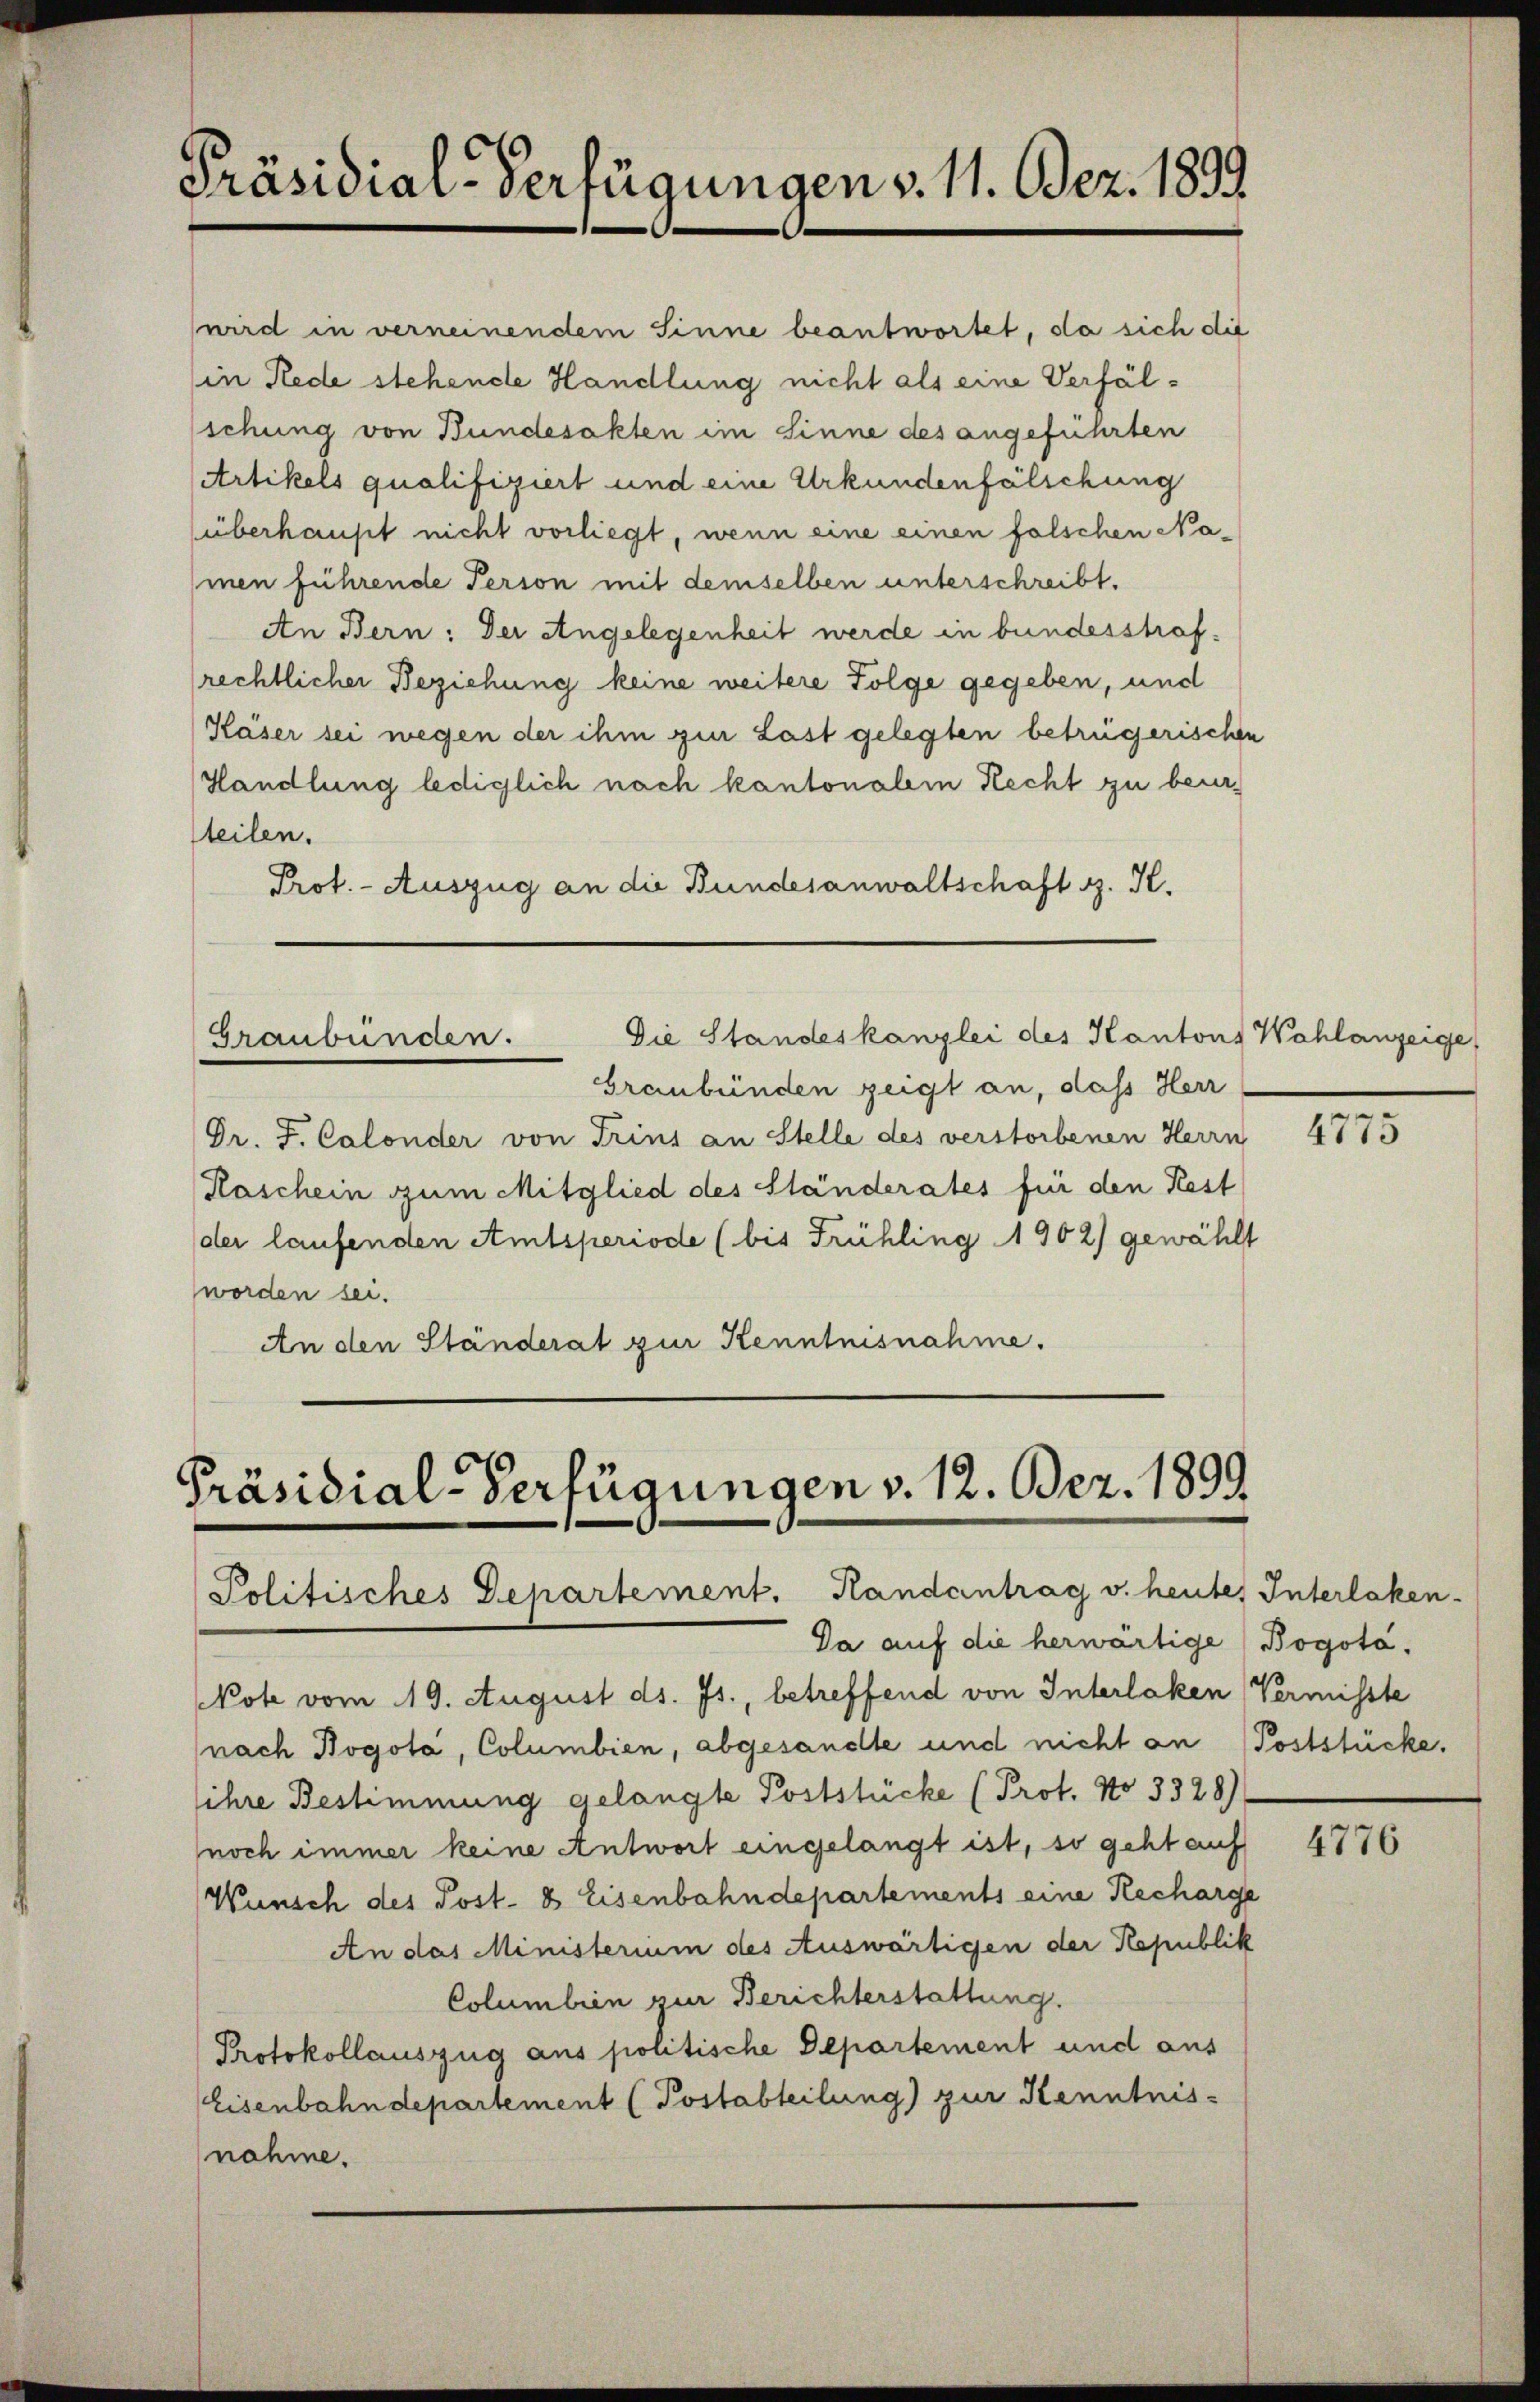
Präsidial-Verfügungen v. 11. Bez. 1839

wird in verneinendem Sinne beantwortet, da sich die
in Rede stehende Handlung nicht als eine Verfälsschung von Bundesakten im Sinne des angeführten
Artikels qualifiziert und eine Urkundenfälschung
überhaupt nicht vorliegt, wenn eine einen falschen Na-
men führende Person mit demselben unterschreibt.
An Bern: Der Angelegenheit werde in bundesstrafrechtlicher Beziehung keine weitere Folge gegeben, und
Käser sei wegen der ihm gin Last gelegten betrügerischen
Handlung lediglich nach kantonalem Recht zu beurteilen.
Prot. - Auszug an die Bundesanwaltschaft z. K.

Die Standeskanzlei des Kantons Wahlanzeige
Graubünden.

Graubünden zeigt an, daß Herr
Dr. J. Calonder von Trins an Stelle des verstorbenen Herrn
Kaschein zum Mitglied des Ständerates für den Rest
der laufenden Amtsperiode (bis Frühling 1902) gewählt
worden sei.
An den Ständerat zur Kenntnisnahme.

Präsidial-Verfügungen v. 12. Bez. 1899
Politisches Departement. Handantrag v. heute, Interlaken.
Da auf die herwärtige Bogota¬

Note vom 19. August ds. Js., betreffend von Interlaken Vermisste
(nach Bogota, Columbien, abgesandte und nicht an (Poststücke,
ihre Bestimmung gelangte Poststücke (Prot. No 3328)
noch immer keine Antwort eingelangt ist, so geht auf
Wünsch des Post- & Eisenbahndepartements eine Recharge
An das Ministerium des Auswärtigen der Republik
Columbien zur Berichterstattung.
Protokollauszug aus politische Departement und aus
Eisenbahndepartement (Postabteilung) zur Kenntnis-
nahme.

4775

4776